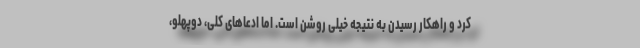
کرد و راهکار رسیدن به نتیجه خیلی روشن است. اما ادعاهای کلی، دوپهلو،